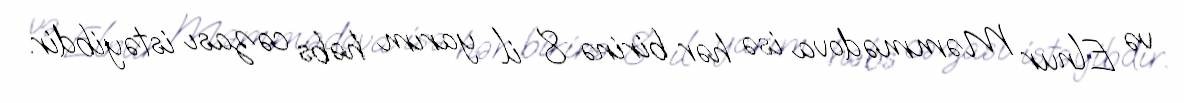
və Elnur Məmmədova isə hər birinə 8 il yarım həbs cəzası istəyibdir.